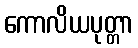
ကောလိယပုတ္တာ